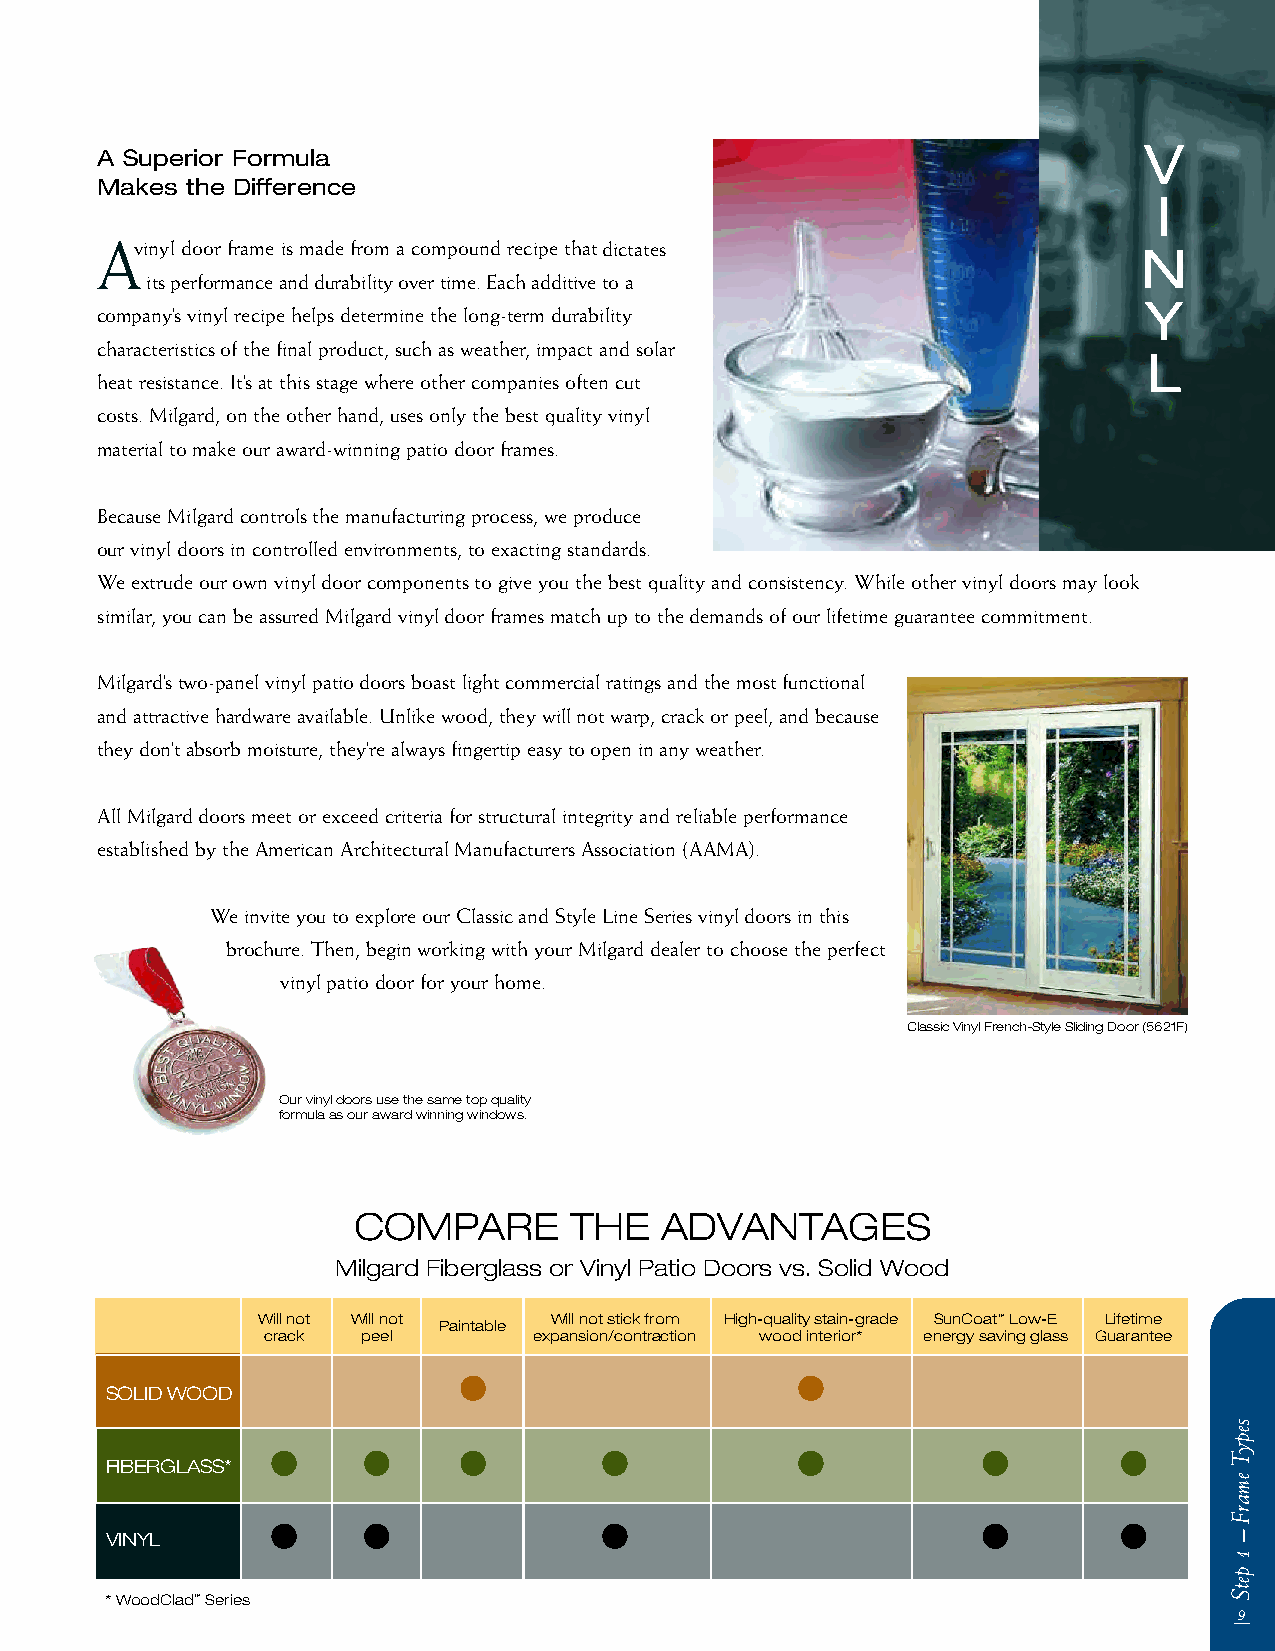
V
 A Superior Formula
 Makes the Difference
 I
 Avivniynly dl odooro rf rfarmame ei si sm madade ef rforomm a ac ocommppoouunndd r ereccipipee t hoaf tsdictates
 N
 its performance and durability over time. Each additive to a
 Y
 company’s vinyl recipe helps determine the long-term durability
 characteristics of the final product, such as weather, impact and solar
 L
 heat resistance. It’s at this stage where other companies often cut
 costs. Milgard, on the other hand, uses only the best quality vinyl
 material to make our award-winning patio door frames.
 Because Milgardcontrols the manufacturing process, we produce
 our vinyl doors in controlled environments, to exacting standards.
 We extrude our own vinyl door components to give you the best quality and consistency. While other vinyl doors may look
 similar, you can be assured Milgard vinyl door frames match up to the demands of our lifetime guarantee commitment.
 Milgard’stwo-panel vinyl patio doors boast light commercial ratings and the most functional
 and attractive hardware available. Unlike wood, they will not warp, crack or peel, and because
 they don’t absorb moisture, they’re always fingertip easy to open in any weather.
 All Milgard doors meet or exceed criteria for structural integrity and reliable performance
 established by the American Architectural Manufacturers Association (AAMA).
 We invite you to explore our Classic and Style Line Series vinyl doors in this
 brochure. Then, begin working with your Milgard dealer to choose the perfect
 vinyl patio door for your home.
 Classic Vinyl French-Style Sliding Door (5621F)
 Our vinyl doors use the same top quality
 formula as our award winning windows.
 COMPARE        THE   ADVANTAGES
 Milgard Fiberglass or Vinyl Patio Doors vs. Solid Wood
 Will not Will not  Will not stick from High-quality stain-grade SunCoat™Low-E Lifetime
 Paintable
 crack  peel       expansion/contraction wood interior* energy saving glass Guarantee
 •                      •
 SOLID WOOD
 •     •     •         •            •           •        •
 FIBERGLASS*
 •     •               •                        •        •
 VINYL
 *WoodClad™Series
 9
 sepyTemarF–1petS